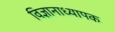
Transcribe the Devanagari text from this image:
विज्ञानाध्यापक